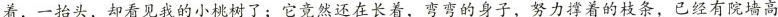
着，一抬头，却看见我的小桃树了；它竟然还在长着，弯弯的身子，努力撑着的枝条，已经有院墙高